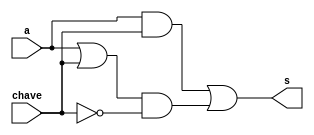
// ---------  Exemplo 0032 -------------------------
// ---- Ana Carolina Conceio de Jesus ------------
// ---- Matricula 449517 ---------------------------

module LU (output s, input a, input chave);

       wire s0;
       wire s1;
       wire s2;
       wire s3;
       wire notchave;

       and AND1(s0,a,chave);
       or OR1(s1,a,chave);
       and AND2 (s2,s0);
       not(notchave,chave);
       and AND3 (s3,s1,notchave);
       or OR2(s,s2,s3);


endmodule

module teste;
       reg a;
       reg chave;
       wire s;

       LU test(s,a,chave);

initial begin : main

		$display("Exemplo0032 - Ana Carolina - 449517");
		$display("ULA teste");

		chave = 0;
		a = 0;
		$display("\nchave = 0 (operacao and) chave = 1 (operacao or)");

 #1 $monitor("%b = saida %b chave = %b",a,s,chave);
 #1 chave = 1;
 #1 chave = 0; a = 1;
 #1 chave = 1;

 end
 
 endmodule